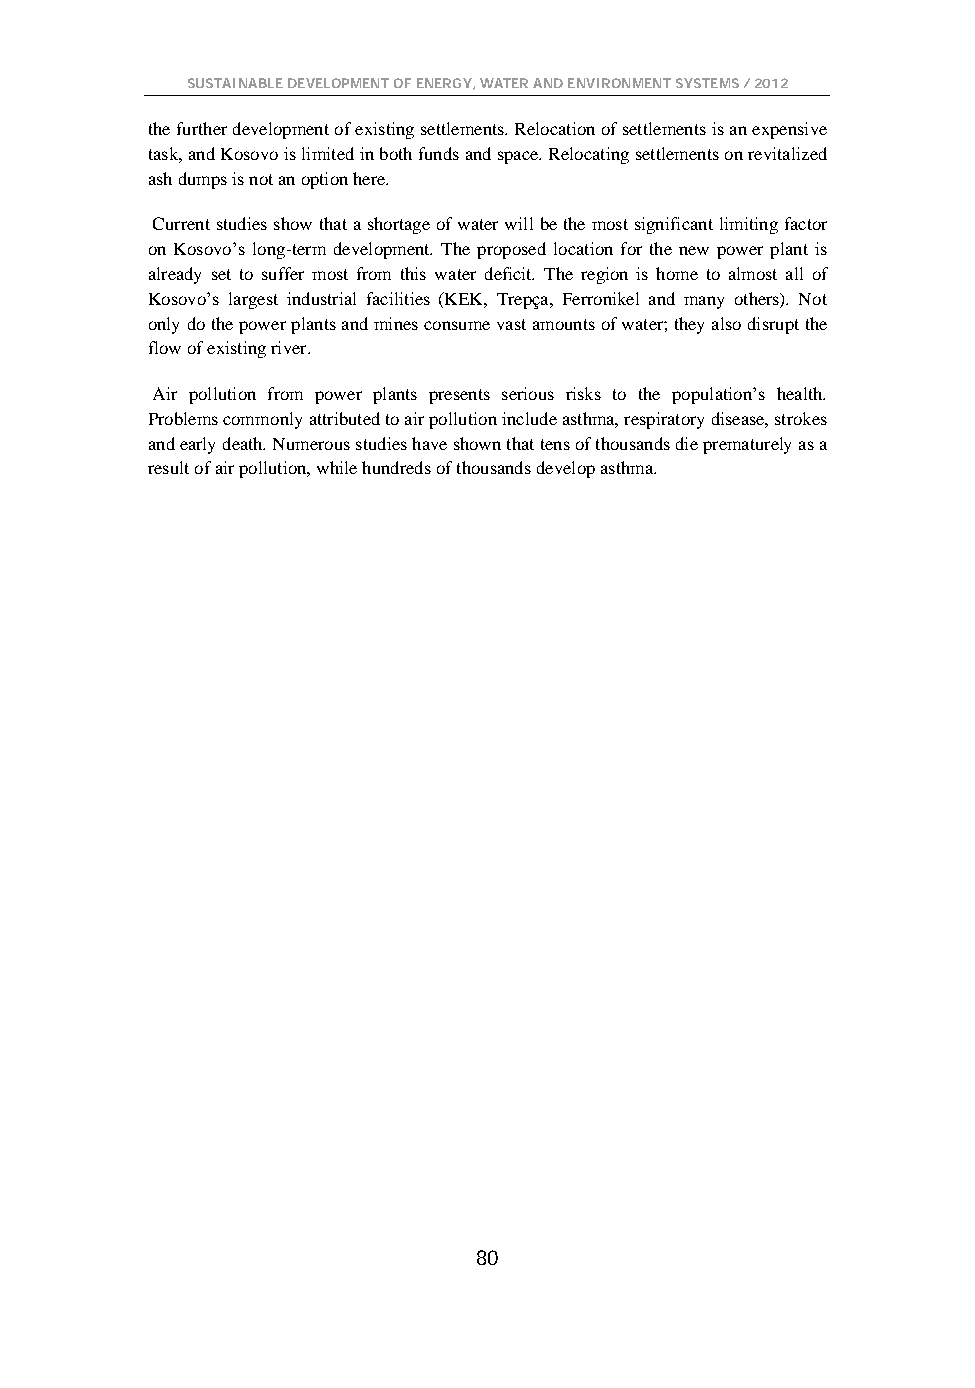
SUSTAINABLE DEVELOPMENT OF ENERGY, WATER AND ENVIRONMENT SYSTEMS / 2012
 the further development of existing settlements. Relocation of settlements is an expensive
 task, and Kosovo is limited in both funds and space. Relocating settlements on revitalized
 ash dumps is not an option here.
 Current studies show that a shortage of water will be the most significant limiting factor
 on Kosovo’s long-term development. The proposed location for the new power plant is
 already set to suffer most from this water deficit. The region is home to almost all of
 Kosovo’s largest industrial facilities (KEK, Trepça, Ferronikel and many others). Not
 only do the power plants and mines consume vast amounts of water; they also disrupt the
 flow of existing river.
 Air pollution from power plants presents serious risks to the population’s health.
 Problems commonly attributed to air pollution include asthma, respiratory disease, strokes
 and early death. Numerous studies have shown that tens of thousands die prematurely as a
 result of air pollution, while hundreds of thousands develop asthma.
 80